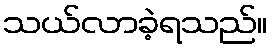
သယ်လာခဲ့ရသည်။